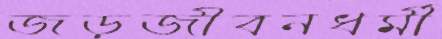
জড়জীবনধর্মী